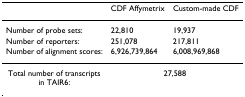
|  | CDF Affymetrix | Custom-made CDF |
 | --- | --- | --- |
 | Number of probe sets: | 22,810 | 19,937 |
 | Number of reporters: | 251,078 | 217,811 |
 | Number of alignment scores: | 6,926,739,864 | 6,008,969,868 |
 | Total number of transcripts in TAIR6: | <COLSPAN=2> 27,588 |